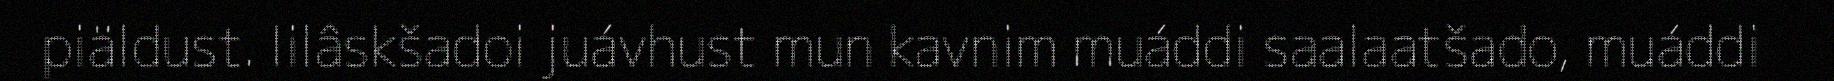
piäldust. Iilâskšadoi juávhust mun kavnim muáddi saalaatšado, muáddi